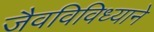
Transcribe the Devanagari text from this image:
जैवविविध्याने